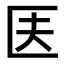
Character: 𠤱